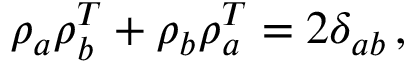
\rho _ { a } \rho _ { b } ^ { T } + \rho _ { b } \rho _ { a } ^ { T } = 2 \delta _ { a b } \, ,